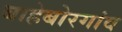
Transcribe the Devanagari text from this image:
बाहेबोरगांव